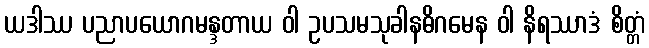
ယဒါဿ ပညာပယောဂမန္ဒတာယ ဝါ ဥပသမသုခါနဓိဂမေန ဝါ နိရဿာဒံ စိတ္တံ